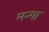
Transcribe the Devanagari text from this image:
मन्गा